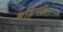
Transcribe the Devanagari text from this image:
बहिणींवर